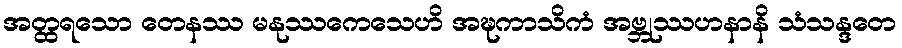
အတ္ထရသော တေနဿ မနုဿကေသေဟိ အဍ္ဎကာသိကံ အဗ္ဘုဿဟနာနိ သံသန္ဒတေ